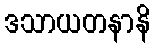
ဒသာယတနာနိ